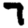
Digit: 7